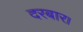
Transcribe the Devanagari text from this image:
दरबार।